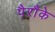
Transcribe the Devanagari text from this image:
पैरौके